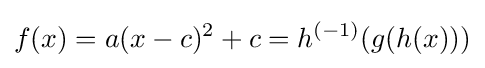
f(x)=a(x-c)^{2}+c=h^{(-1)}(g(h(x)))